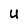
Character: U